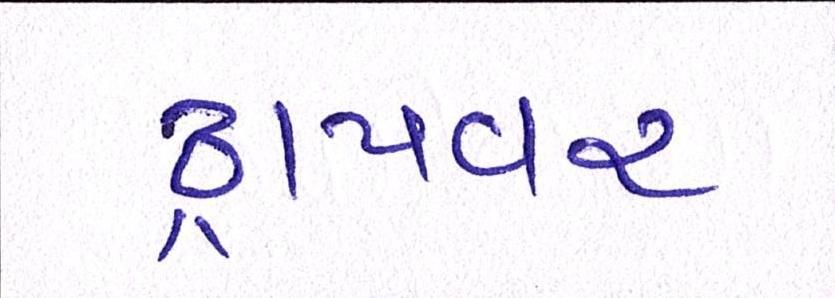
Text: ડ્રાયવર